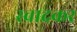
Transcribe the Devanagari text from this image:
स्वादकर